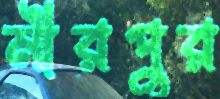
মীরপুর